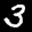
Label: 3